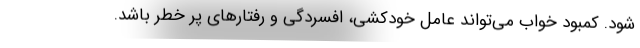
شود. کمبود خواب می‌تواند عامل خودکشی، افسردگی و رفتارهای پر خطر باشد.